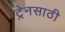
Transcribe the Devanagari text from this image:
ट्रेनसाठी